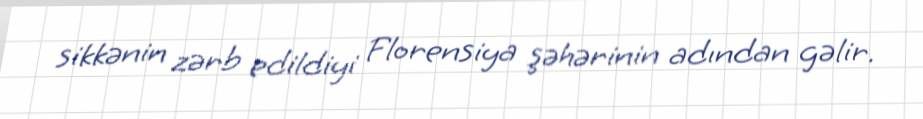
sikkənin zərb edildiyi Florensiya şəhərinin adından gəlir.